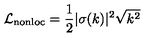
\mathcal { L } _ { \mathrm { n o n l o c } } = { \frac { 1 } { 2 } } | \sigma ( k ) | ^ { 2 } \sqrt { k ^ { 2 } }